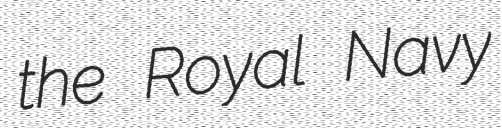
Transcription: the Royal Navy